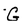
Character: G